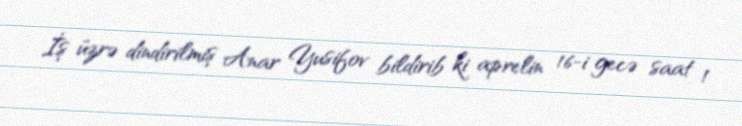
İş üzrə dindirilmiş Anar Yusifov bildirib ki aprelin 16-i gecə saat 1